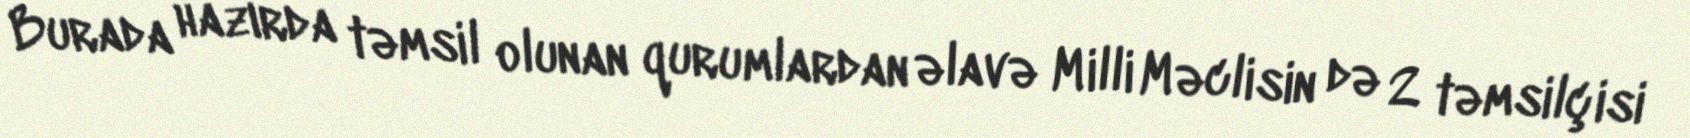
Burada hazırda təmsil olunan qurumlardan əlavə Milli Məclisin də 2 təmsilçisi